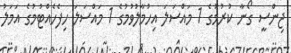
ޖިންސީ ގޯނާ ކުރުމުގެ 1 މައްސަލަ އިހުމާލުވުމުގެ 1 މައްސަލަ ހިފެހެއްޓުމުގެ އަމަލު